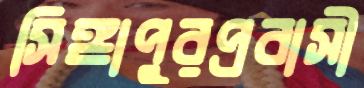
সিঙ্গাপুরপ্রবাসী